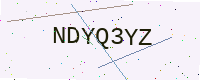
Text: NDYQ3YZ